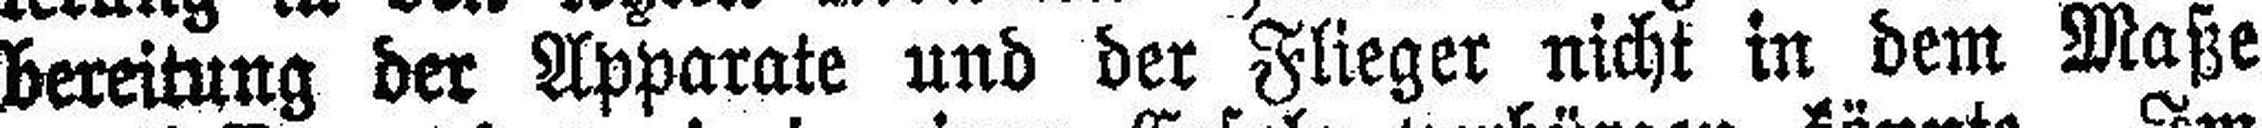
bereitung der Apparate und der Flieger nicht in dem Maße